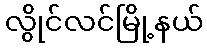
လွိုင်လင်မြို့နယ်